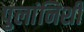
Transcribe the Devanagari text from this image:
पुलांनिशी